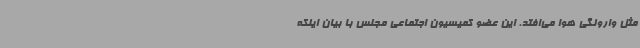
مثل وارونگی هوا می‌افتد. این عضو کمیسیون اجتماعی مجلس با بیان اینکه